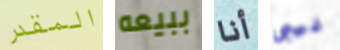
المقدر ببيعه أنا فيبى